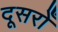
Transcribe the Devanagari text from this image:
दूसरोँ